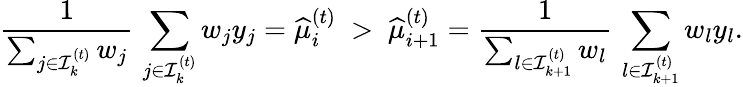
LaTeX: \frac{1}{\sum_{j\in{\cal I}_{k}^{(t)}}w_{j}}\, \sum_{j\in{\cal I}_{k}^{(t)}}w_{j}y_{j}=\widehat{\mu}_{i}^{(t)}~>~\widehat{\mu}_{i+1}^{(t)}=\frac{1}{\sum_{l\in{\cal I}_{k+1}^{(t)}}w_{l}}\, \sum_{l\in{\cal I}_{k+1}^{(t)}}w_{l}y_{l}.